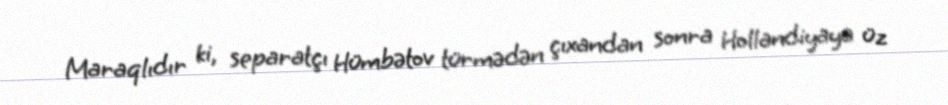
Maraqlıdır ki, separatçı Hümbətov türmədən çıxandan sonra Hollandiyaya üz